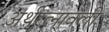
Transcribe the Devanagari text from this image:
अर्थरत्नावली